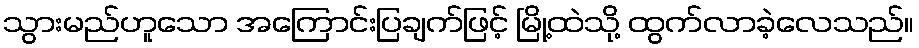
သွားမည်ဟူသော အကြောင်းပြချက်ဖြင့် မြို့ထဲသို့ ထွက်လာခဲ့လေသည်။